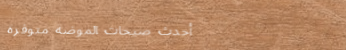
أحدث صيحات الموضة متوفرة